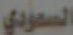
السعودي